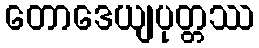
တောဒေယျပုတ္တဿ